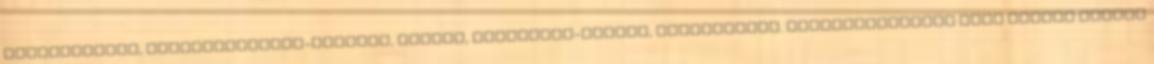
etilcellulóz, kroszkarmellóz-nátrium, talkum, szilícium-dioxid, sztearinsav. Cukorbetegségre való hajlam esetén